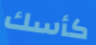
كأسك